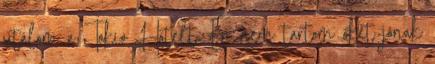
utálom a Tokio Hotelt. Én nem tartom őket jónak